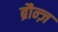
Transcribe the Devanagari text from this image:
ब्रौन्ज़